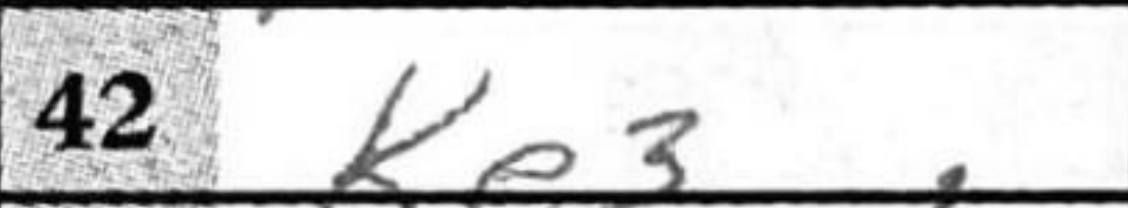
Transcription: Ke3